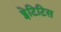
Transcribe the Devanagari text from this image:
ड्मेटिटिस